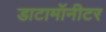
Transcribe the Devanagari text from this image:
डाटामॉनीटर